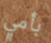
بأمي